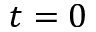
t = 0